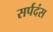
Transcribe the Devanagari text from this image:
सर्पदंस